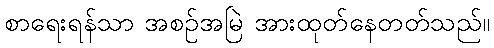
စာရေးရန်သာ အစဉ်အမြဲ အားထုတ်နေတတ်သည်။